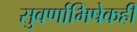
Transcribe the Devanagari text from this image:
सुवर्णाभिषेकही